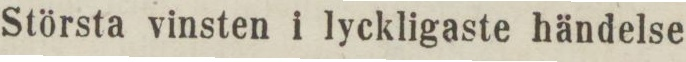
Största vinsten i lyckligaste händelse